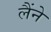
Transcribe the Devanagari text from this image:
लैंने